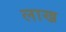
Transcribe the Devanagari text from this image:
लाख्र